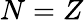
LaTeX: N=Z